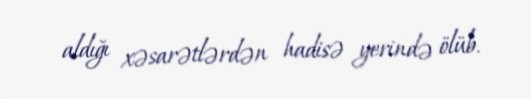
aldığı xəsarətlərdən hadisə yerində ölüb.